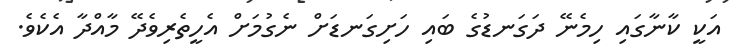
އަކީ ކާނާގައި ހިމެނޭ ދަގަނޑުގެ ބައި ހަށިގަނޑަށް ނެގުމަށް އެހީތެރިވެދޭ މާއްދާ އެކެވެ.